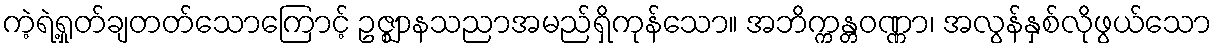
ကဲ့ရဲ့ရှုတ်ချတတ်သောကြောင့် ဥဇ္ဈာနသညာအမည်ရှိကုန်သော။ အဘိက္ကန္တဝဏ္ဏာ၊ အလွန်နှစ်လိုဖွယ်သော